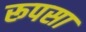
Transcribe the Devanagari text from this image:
रूपसा